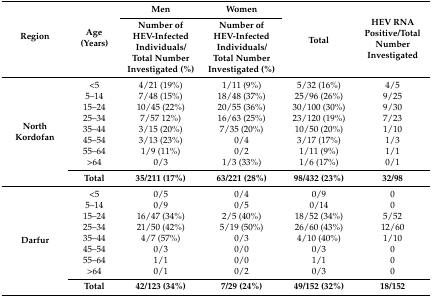
| <ROWSPAN=2> Region | <ROWSPAN=2> Age (Years) | Men | Women | <ROWSPAN=2> Total | <ROWSPAN=2> HEV RNA Positive/Total Number Investigated |
 | Number of HEV-Infected Individuals/Total Number Investigated (%) | Number of HEV-Infected Individuals/Total Number Investigated (%) |
 | --- | --- | --- | --- | --- | --- |
 | <ROWSPAN=9> North Kordofan | <5 | 4/21 (19%) | 1/11 (9%) | 5/32 (16%) | 4/5 |
 | 5–14 | 7/48 (15%) | 18/48 (37%) | 25/96 (26%) | 9/25 |
 | 15–24 | 10/45 (22%) | 20/55 (36%) | 30/100 (30%) | 9/30 |
 | 25–34 | 7/57 12%) | 16/63 (25%) | 23/120 (19%) | 7/23 |
 | 35–44 | 3/15 (20%) | 7/35 (20%) | 10/50 (20%) | 1/10 |
 | 45–54 | 3/13 (23%) | 0/4 | 3/17 (17%) | 1/3 |
 | 55–64 | 1/9 (11%) | 0/2 | 1/11 (9%) | 1/1 |
 | >64 | 0/3 | 1/3 (33%) | 1/6 (17%) | 0/1 |
 | Total | 35/211 (17%) | 63/221 (28%) | 98/432 (23%) | 32/98 |
 | <ROWSPAN=9> Darfur | <5 | 0/5 | 0/4 | 0/9 | 0 |
 | 5–14 | 0/9 | 0/5 | 0/14 | 0 |
 | 15–24 | 16/47 (34%) | 2/5 (40%) | 18/52 (34%) | 5/52 |
 | 25–34 | 21/50 (42%) | 5/19 (50%) | 26/60 (43%) | 12/60 |
 | 35–44 | 4/7 (57%) | 0/3 | 4/10 (40%) | 1/10 |
 | 45–54 | 0/3 | 0/0 | 0/3 | 0 |
 | 55–64 | 1/1 | 0/0 | 1/1 | 0 |
 | >64 | 0/1 | 0/2 | 0/3 | 0 |
 | Total | 42/123 (34%) | 7/29 (24%) | 49/152 (32%) | 18/152 |